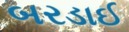
બરડાઈ